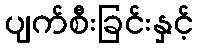
ပျက်စီးခြင်းနှင့်